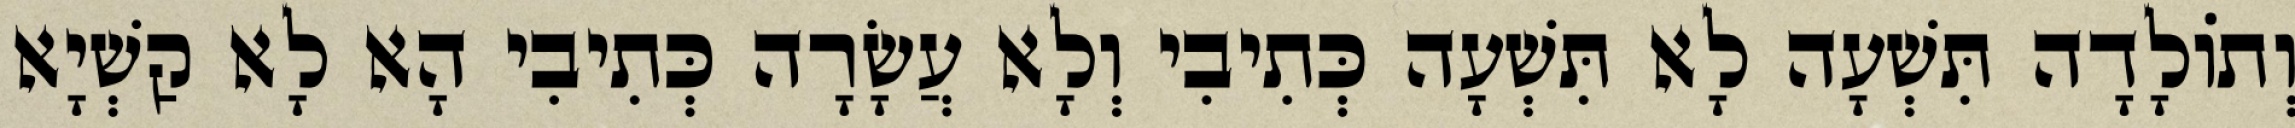
וְתוֹלָדָה תִּשְׁעָה לָא תִּשְׁעָה כְּתִיבִי וְלָא עֲשָׂרָה כְּתִיבִי הָא לָא קַשְׁיָא